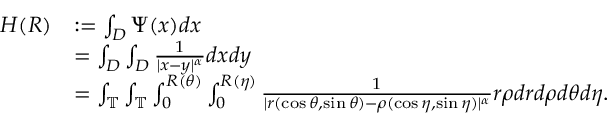
\begin{array} { r l } { H ( R ) } & { : = \int _ { D } \Psi ( x ) d x } \\ & { = \int _ { D } \int _ { D } \frac { 1 } { | x - y | ^ { \alpha } } d x d y } \\ & { = \int _ { \mathbb { T } } \int _ { \mathbb { T } } \int _ { 0 } ^ { R ( \theta ) } \int _ { 0 } ^ { R ( \eta ) } \frac { 1 } { | r ( \cos \theta , \sin \theta ) - \rho ( \cos \eta , \sin \eta ) | ^ { \alpha } } r \rho d r d \rho d \theta d \eta . } \end{array}